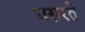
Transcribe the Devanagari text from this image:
घसरते